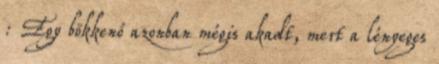
: Egy bökkenő azonban mégis akadt, mert a lényeges